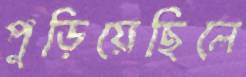
পুড়িয়েছিলে